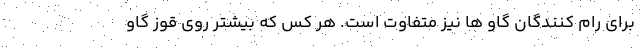
برای رام کنندگان گاو ها نیز متفاوت است. هر کس که بیشتر روی قوز گاو